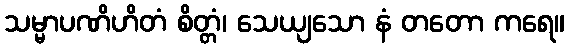
သမ္မာပဏိဟိတံ စိတ္တံ၊ သေယျသော နံ တတော ကရေ။